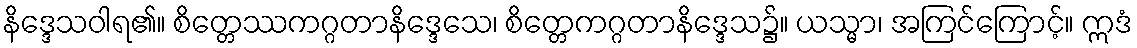
နိဒ္ဒေသဝါရ၏။ စိတ္တေဿကဂ္ဂတာနိဒ္ဒေသေ၊ စိတ္တေကဂ္ဂတာနိဒ္ဒေသ၌။ ယသ္မာ၊ အကြင်ကြောင့်။ ဣဒံ